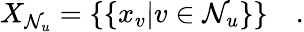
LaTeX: X_{\mathcal{N}_{u}}=\{ \{ x_{v}|v\in\mathcal{N}_{u}\} \} \quad.